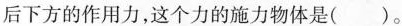
后下方的作用力，这个力的施力物体是( )。